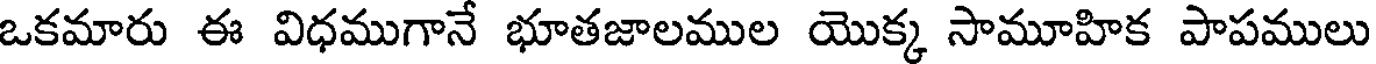
ఒకమారు ఈ విధముగానే భూతజాలముల యొక్క సామూహిక పాపములు